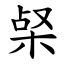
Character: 梷